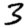
Digit: 3